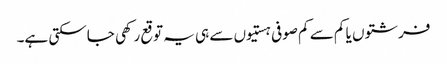
فرشتوں یا کم سے کم صوفی ہستیوں سے ہی یہ توقع رکھی جاسکتی ہے۔